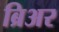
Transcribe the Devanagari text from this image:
ब्रिअर